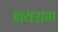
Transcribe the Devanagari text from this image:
बयराम